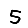
Digit: 5